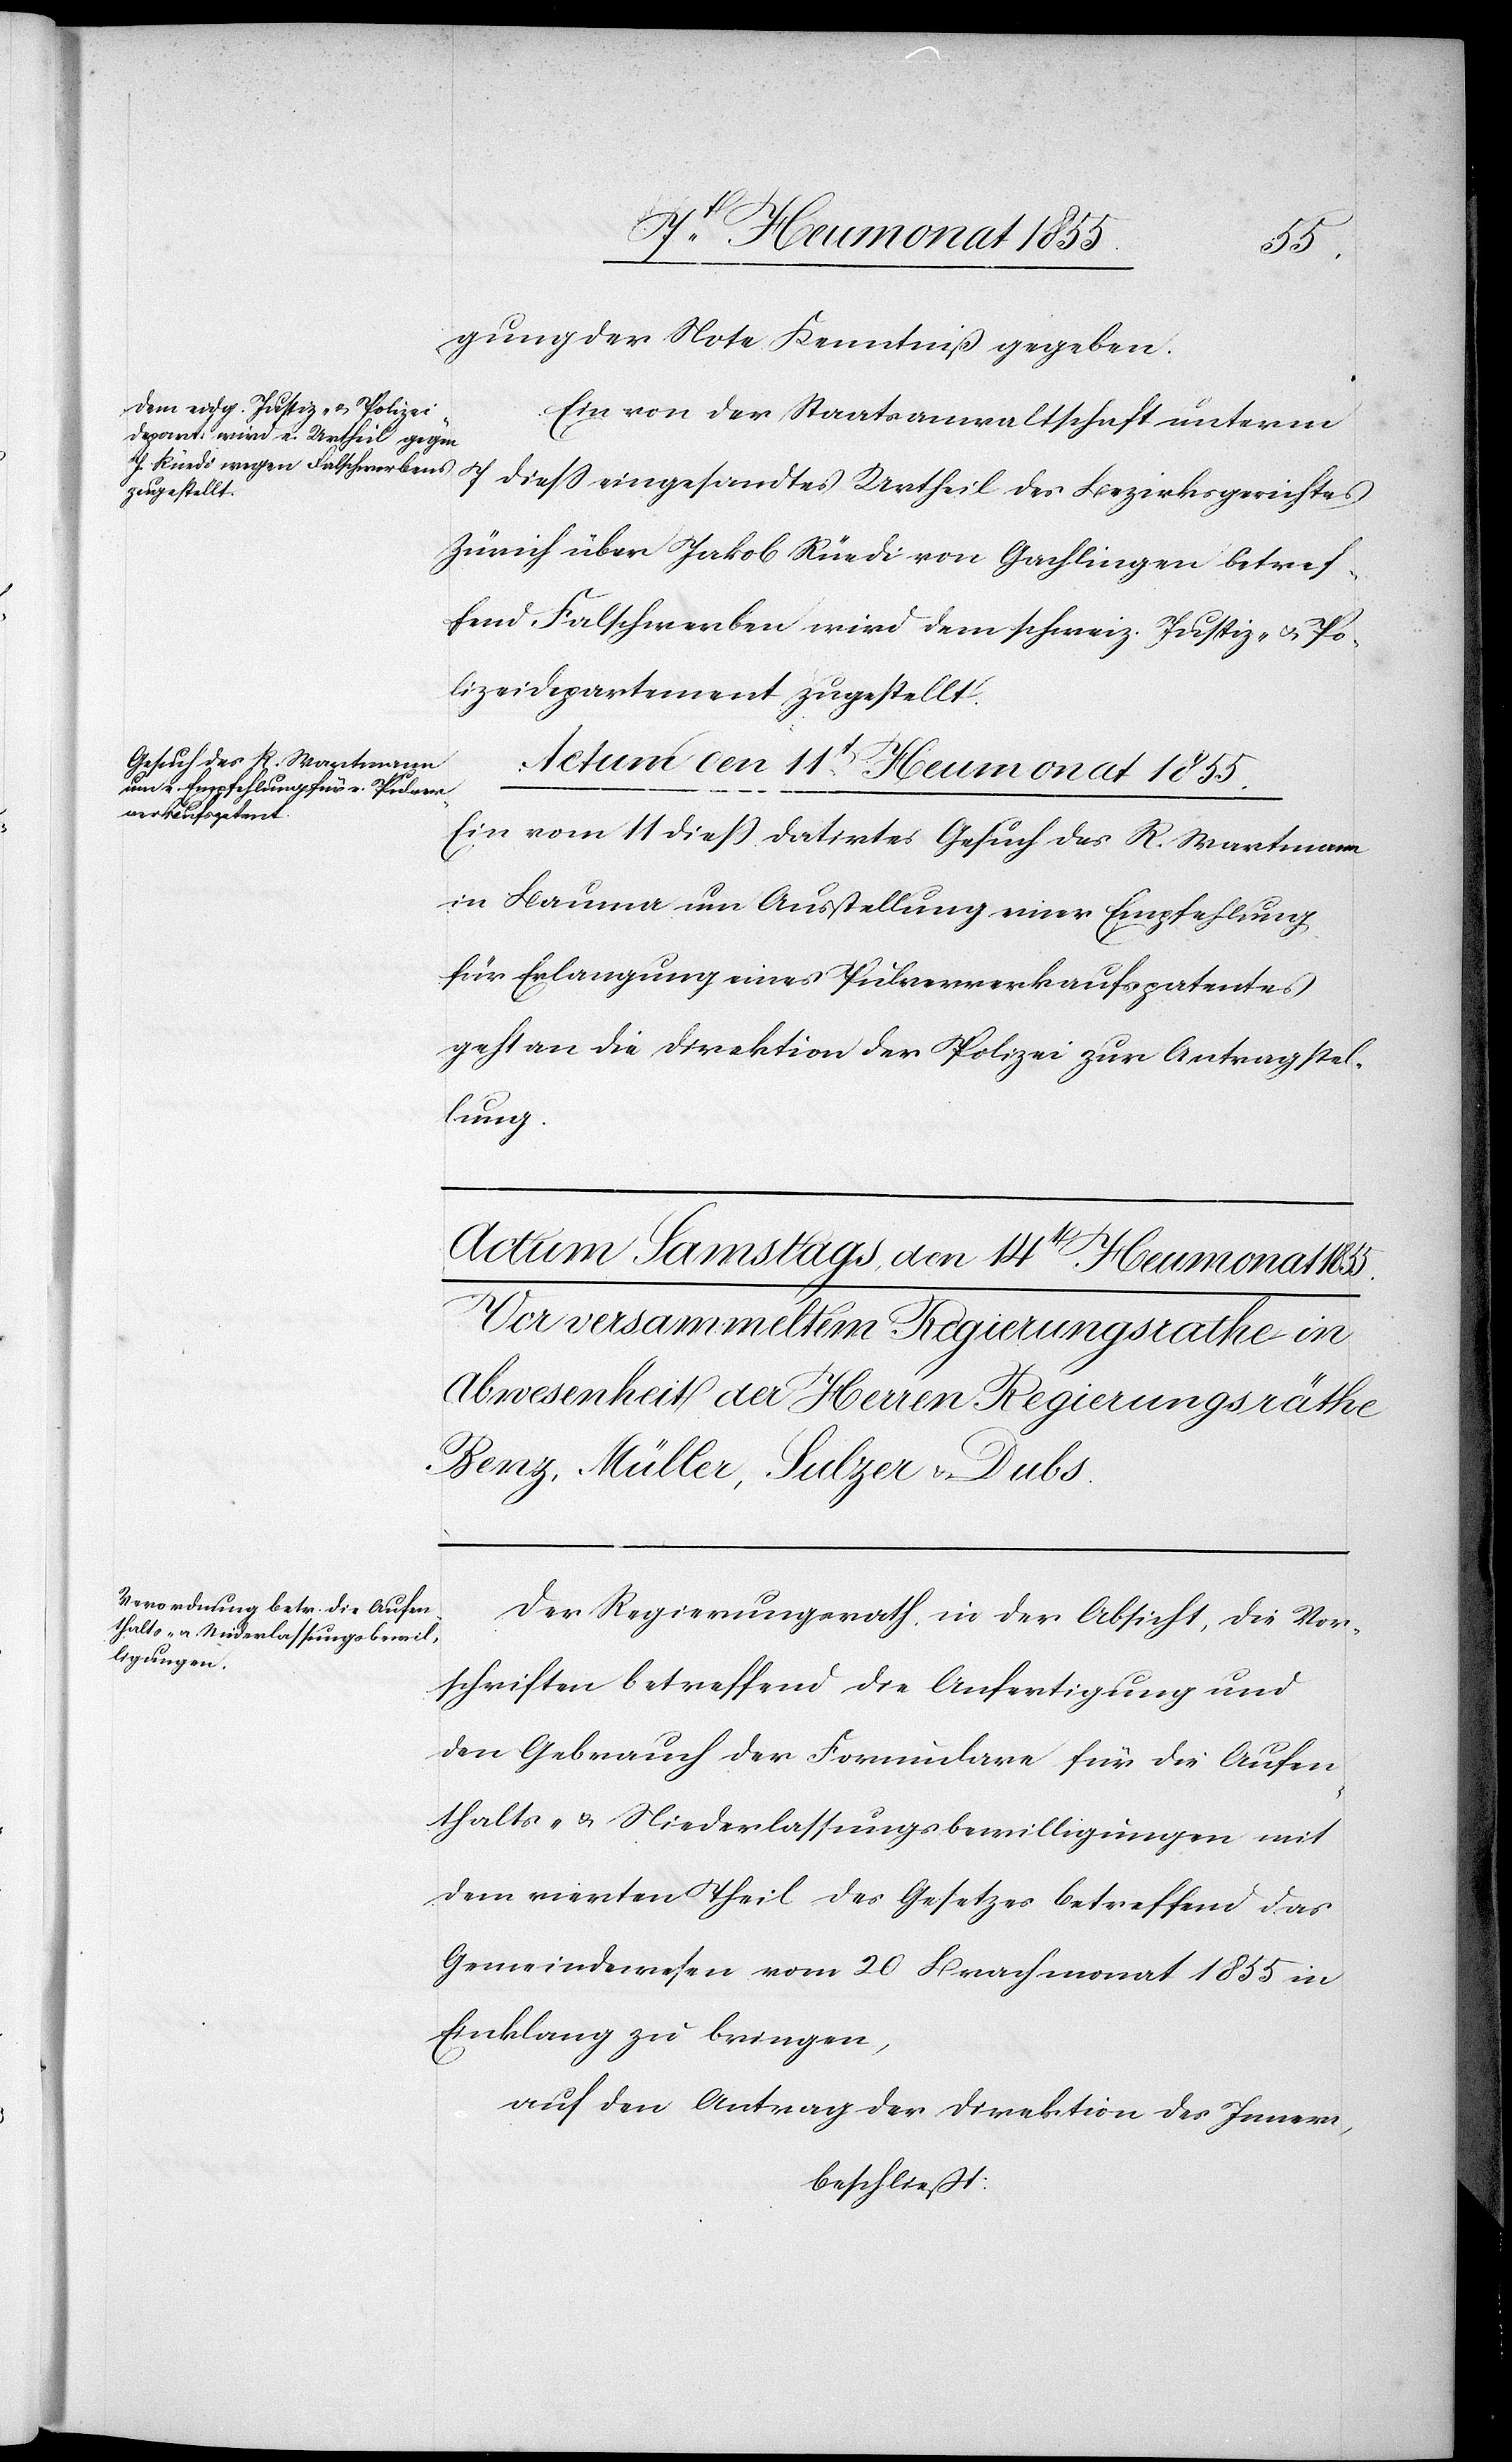
gung der Note Kenntniß gegeben.
Ein von der Staatsanwaltschaft unterm
Zürich über Jakob Rüedi von Gachlingen betref¬
fend Falschwerben wird dem schweiz. Justiz- & Po¬
lizeidepartement zugestellt.
Actum den 11t[en] Heumonat 1855.
diess eingesandtes
Ein vom 11 dieß datirtes Gesuch des R. Wartmann
in Bauma um Ausstellung einer Empfehlung
für Erlangung eines Pulververkaufspatentes
geht an die Direktion der Polizei zur Antragstel¬
lung.
Der Regierungsrath, in der Absicht, die Vor¬
schriften betreffend die Anfertigung und
den Gebrauch der Formulare für die Aufen¬
thalts- & Niederlassungsbewilligungen mit
dem vierten Theil des Gesetzes betreffend das
Gemeindewesen vom 20 Brachmonat 1855 in
Einklang zu bringen,
auf den Antrag der Direktion des Innern,
beschließt: